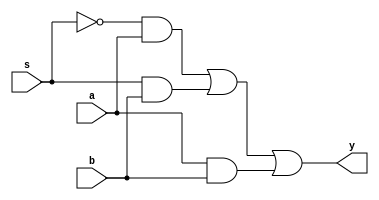
`timescale 1ns/1ps
module MUX2x1_noConflict(a,b,s,y);
  
  input a,b,s;
  output y;
  wire y;
  wire notS,notS_a,s_b;

  not #1 N(notS,s);
  and #1 A1(notS_a,notS,a);
  and #1 A2(s_b,s,b);
  and #1 A3(a_b,a,b);
  or  #1 O(y,notS_a,s_b,a_b);

endmodule